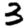
Digit: 3